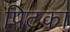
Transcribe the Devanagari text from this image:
पिटका